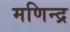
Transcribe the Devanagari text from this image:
मणिन्द्र